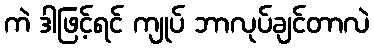
ကဲ ဒါဖြင့်ရင် ကျုပ် ဘာလုပ်ချင်တာလဲ